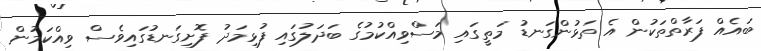
ބައެއް ފަރާތްތަކުން އެ ތަޅުންގަނޑު މަތީގައި މަސްވިއްކުމުގެ ބަދަލުގައި ފުޅިމަދު ފޮށިގަނޑުގައިވެސް ވިއްކަމުން